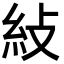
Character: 𥾲